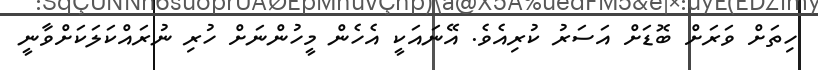
ހިތަށް ވަރަށް ބޮޑަށް އަސަރު ކުރިއެވެ. އޭނައަކީ އެހެން މީހުންނަށް ހުރި ނުރައްކަލަކަށްވާނީ